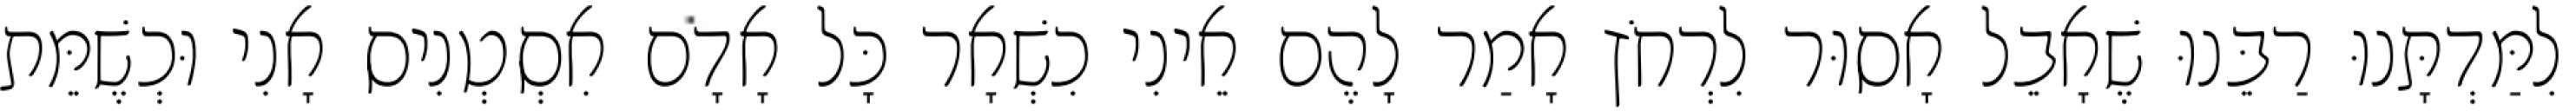
לִמַּדְתָּנוּ רַבֵּנוּ שֶׁאָבֵל אָסוּר לִרְחֹץ אָמַר לָהֶם אֵינִי כִשְׁאָר כָּל אָדָם אִסְטְנִיס אָנִי וּכְשֶׁמֵּת